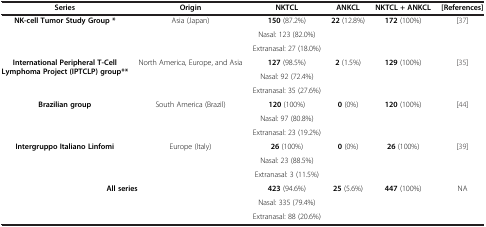
| Series | Origin | NKTCL | ANKCL | NKTCL + ANKCL | [References] |
 | --- | --- | --- | --- | --- | --- |
 | <ROWSPAN=3> NK-cell Tumor Study Group * | <ROWSPAN=3> Asia (Japan) | 150 (87.2%) | <ROWSPAN=3> 22 (12.8%) | <ROWSPAN=3> 172 (100%) | <ROWSPAN=3> [37] |
 | Nasal: 123 (82.0%) |
 | Extranasal: 27 (18.0%) |
 | <ROWSPAN=3> International Peripheral T-Cell Lymphoma Project (IPTCLP)group** | <ROWSPAN=3> North America, Europe, and Asia | 127 (98.5%) | <ROWSPAN=3> 2 (1.5%) | <ROWSPAN=3> 129 (100%) | <ROWSPAN=3> [35] |
 | Nasal: 92 (72.4%) |
 | Extranasal: 35 (27.6%) |
 | <ROWSPAN=3> Brazilian group | <ROWSPAN=3> South America (Brazil) | 120 (100%) | <ROWSPAN=3> 0 (0%) | <ROWSPAN=3> 120 (100%) | <ROWSPAN=3> [44] |
 | Nasal: 97 (80.8%) |
 | Extranasal: 23 (19.2%) |
 | <ROWSPAN=3> Intergruppo Italiano Linfomi | <ROWSPAN=3> Europe (Italy) | 26 (100%) | <ROWSPAN=3> 0 (0%) | <ROWSPAN=3> 26 (100%) | <ROWSPAN=3> [39] |
 | Nasal: 23 (88.5%) |
 | Extranasal: 3 (11.5%) |
 | <ROWSPAN=2-COLSPAN=2> All series | 423 (94.6%) | <ROWSPAN=2> 25 (5.6%) | <ROWSPAN=2> 447 (100%) | <ROWSPAN=2> NA |
 | Nasal: 335 (79.4%) |
 |  |  | Extranasal: 88 (20.6%) |  |  |  |